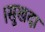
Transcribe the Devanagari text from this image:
।सुखदा